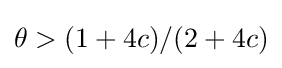
\theta >(1+4c)/(2+4c)